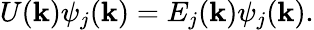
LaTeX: U({\mathbf k})\psi_{j}({\mathbf k})=E_{j}({\mathbf k})\psi_{j}({\mathbf k}).